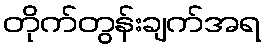
တိုက်တွန်းချက်အရ